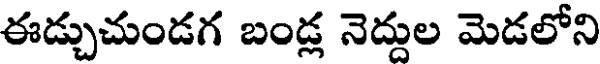
ఈడ్చుచుండగ బండ్ల నెద్దుల మెడలోని